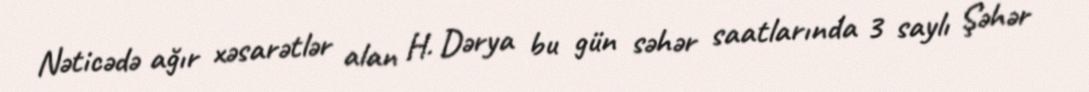
Nəticədə ağır xəsarətlər alan H. Dərya bu gün səhər saatlarında 3 saylı Şəhər